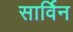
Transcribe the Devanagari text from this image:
सार्विन